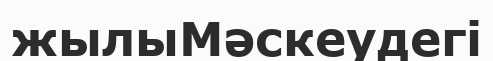
жылыМәскеудегі